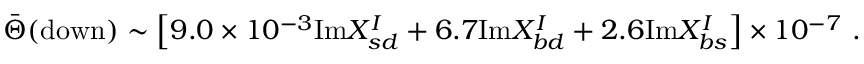
\bar { \Theta } ( \mathrm { d o w n } ) \sim \left[ 9 . 0 \times 1 0 ^ { - 3 } \mathrm { I m } X _ { s d } ^ { I } + 6 . 7 \mathrm { I m } X _ { b d } ^ { I } + 2 . 6 \mathrm { I m } X _ { b s } ^ { I } \right] \times 1 0 ^ { - 7 } \ .